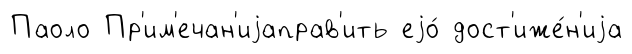
Паоло Пр'им'ечан'иjаправ'ить еjо́ дост'иже́н'иjа